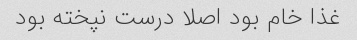
غذا خام بود اصلا درست نپخته بود